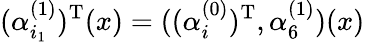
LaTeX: (\alpha_{i_{1}}^{(1)})^{\mathrm{T}}(x)=((\alpha_{i}^{(0)})^{\mathrm{T}},\alpha_{6}^{(1)})(x)